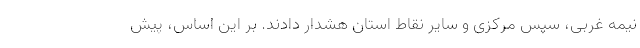
نیمه غربی، سپس مرکزی و سایر نقاط استان هشدار دادند. بر این اساس، پیش